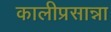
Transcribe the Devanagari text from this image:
कालीप्रसान्ना